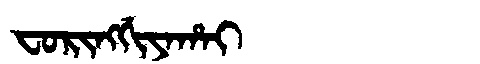
Manchu: ᠸᠣᡵᡳᠩᡤᡳᠶᠠᡥᠠᡳ
Romanization: FORINGGIYAHAI